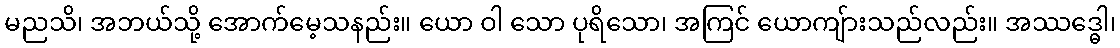
မညသိ၊ အဘယ်သို့ အောက်မေ့သနည်း။ ယော ဝါ သော ပုရိသော၊ အကြင် ယောကျ်ားသည်လည်း။ အဿဒ္ဓေါ၊